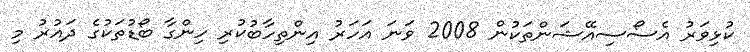
ކުޅިވަރު އެސޯސިއޭޝަންތަކުން 2008 ވަނަ އަހަރު އިންތިހާބުކުރި ހިންގާ ބޯޑުތަކުގެ ދައުރު މި